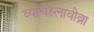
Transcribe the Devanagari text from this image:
व्याचेस्लावोव्ना